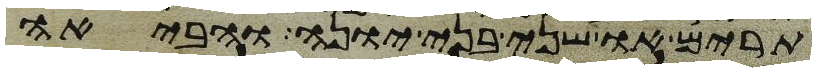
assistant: תרים או שני בני יונה והביאה